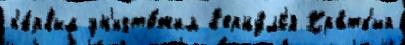
п'е́рвым ун'ичто́жил в'ерну́лс'я Кра́тк'ий